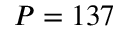
P = 1 3 7